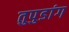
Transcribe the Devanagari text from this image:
तुपुडांग